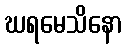
ဃရမေသိနော